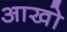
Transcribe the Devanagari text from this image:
आखो